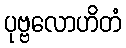
ပုဗ္ဗလောဟိတံ